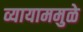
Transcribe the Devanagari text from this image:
व्यायाममुळे